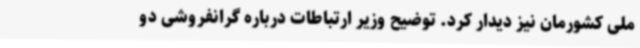
ملی کشورمان نیز دیدار کرد. توضیح وزیر ارتباطات درباره گرانفروشی دو